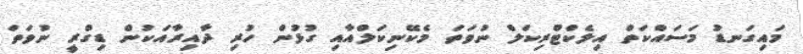
މައިގަނޑު މަސައްކަތް އިލެކްޓްރިކަލް ނުވަތަ މެކޭނިކަލްއާއި ގުޅުން ހުރި ދާއިރާއަކުން ޑިގްރީ ނުވަތަ